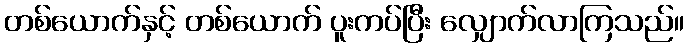
တစ်ယောက်နှင့် တစ်ယောက် ပူးကပ်ပြီး လျှောက်လာကြသည်။